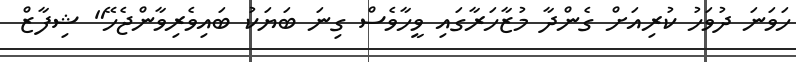
ހަވަނަ ދުވަހު ކުރިއަށް ގެންދާ މުޒާހަރާގައި ވީހާވެސް ގިނަ ބަޔަކު ބައިވެރިވާންޖެހޭ" ޝިފާޒް